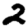
Digit: 2